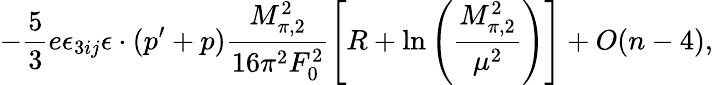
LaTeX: -\frac{5}{3}e\epsilon_{3ij}\epsilon\cdot(p^{\prime}+p)\frac{M_{\pi,2}^{2}}{16\pi^{2}F_{0}^{2}}\left[R+\ln\left(\frac{M_{\pi,2}^{2}}{\mu^{2}}\right)\right]+O(n-4),